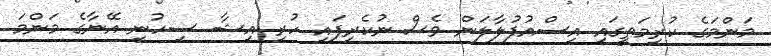
މަންމަގެ ކުރިމަތީގައި އިސްއުފުލާލަން ވެސް ނުކެރިފައި ހުރި އިޝާ ސިހުނީ އޭނާގެ މަންމަ